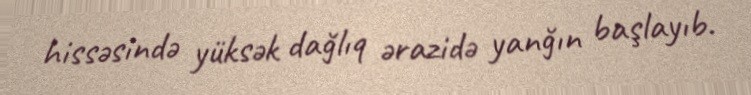
hissəsində yüksək dağlıq ərazidə yanğın başlayıb.